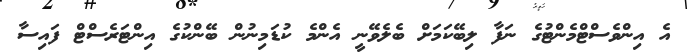
އެ އިންވެސްޓްމެންޓުގެ ނަފާ ލިބޭކަމަށް ބެލެވޭނީ އެންމެ ކުޑަމިނުން ބޭންކުގެ އިންޓަރެސްޓް ފައިސާ